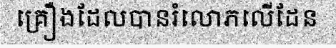
គ្រឿងដែលបានរំលោភលើដែន